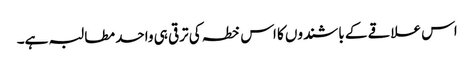
اس علاقے کے باشندوں کا اس خطہ کی ترقی ہی واحد مطالبہ ہے۔